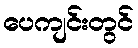
ပေကျင်းတွင်